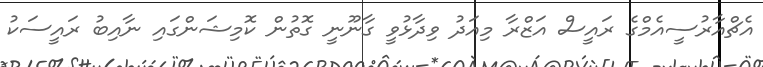
އެޗްއާރުސީއެމްގެ ރައީސް އަޒްރާ މިއަދު ވިދާޅުވީ ގާނޫނީ ގޮތުން ކޮމިޝަންގައި ނާއިބު ރައީސަކު